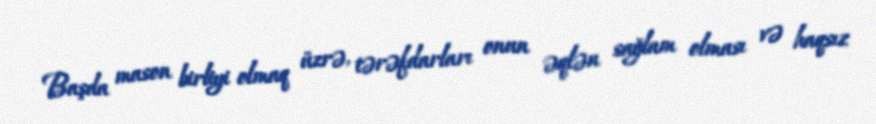
Başda mason birliyi olmaq üzrə, tərəfdarları onun əqlən sağlam olması və haqsız